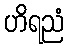
ဟိရညံ